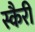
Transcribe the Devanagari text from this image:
स्कैरी